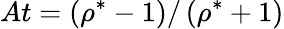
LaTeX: At=\left(\rho^{*}-1\right)/\left(\rho^{*}+1\right)